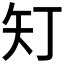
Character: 𭿽